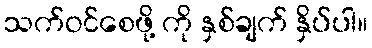
သက်ဝင်စေဖို့ ကို နှစ်ချက် နှိပ်ပါ။